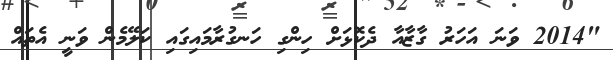
"2014 ވަނަ އަހަރު ގާޒާއާ ދެކޮޅަށް ހިންގި ހަނގުރާމައިގައި ކަލޭމެން ވަނީ އެތައް